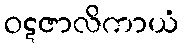
ဝဋဇာလိကာယံ